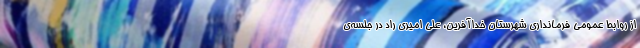
از روابط عمومی فرمانداری شهرستان خداآفرین، علی امیری راد در جلسه‌ی